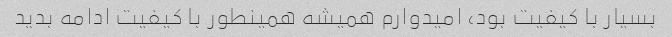
بسیار با کیفیت بود، امیدوارم همیشه همینطور با کیفیت ادامه بدید